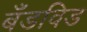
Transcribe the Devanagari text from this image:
बँडविड